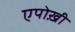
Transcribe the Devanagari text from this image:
एपोख़ी